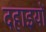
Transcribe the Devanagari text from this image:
दहाइयों